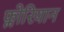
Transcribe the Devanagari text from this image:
फ्लोरियान